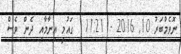
ނޮވެމްބަރު 10